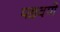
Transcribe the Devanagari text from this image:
पडवणे